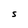
Character: S